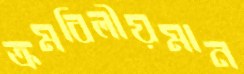
ক্রমবিলীয়মান